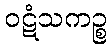
ဝဋံသကဉ္စ